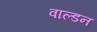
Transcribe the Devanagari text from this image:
वाल्डन